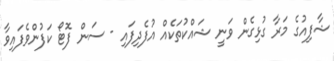
ޝާފިއުގެ މަރާ ގުޅިގެން ވަނީ ޝައްކުތަކެއް އުފެދިފައި - ސަން ފޮޓޯ ކަފުންވެފައިވާ